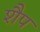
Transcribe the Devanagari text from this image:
शैप